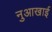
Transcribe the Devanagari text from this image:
नुआखाई